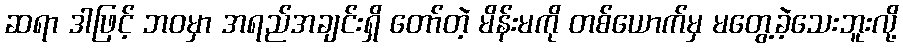
ဆရာ ဒါဖြင့် ဘဝမှာ အရည်အချင်းရှိ တော်တဲ့ မိန်းမကို တစ်ယောက်မှ မတွေ့ခဲ့သေးဘူးလို့